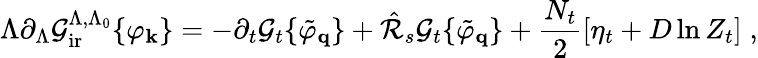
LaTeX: \Lambda\partial_{\Lambda}{\cal{G}}_{\mathrm{ir}}^{\Lambda,\Lambda_{0}}\{ \varphi_{\mathbf{k}}\} =-\partial_{t}{\cal{G}}_{t}\{ \tilde{\varphi}_{\mathbf{q}}\} +\hat{\cal{R}}_{s}{\cal{G}}_{t}\{ \tilde{\varphi}_{\mathbf{q}}\} +\frac{N_{t}}{2}\left[\eta_{t}+D\ln Z_{t}\right]\; ,